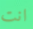
انت